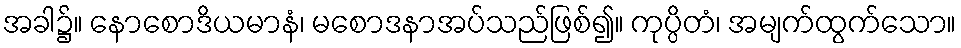
အခါ၌။ နောစောဒိယမာနံ၊ မစောဒနာအပ်သည်ဖြစ်၍။ ကုပ္ပိတံ၊ အမျက်ထွက်သော။